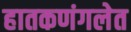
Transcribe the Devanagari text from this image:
हातकणंगलेत